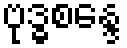
ဗုဒ္ဓစန္ဒေ